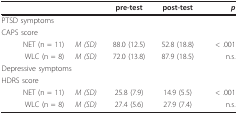
<table><thead><tr><td></td><td></td><td><b>pre-test</b></td><td><b>post-test</b></td><td><b><i>p</i></b></td></tr></thead><tbody><tr><td>PTSD symptoms</td><td></td><td></td><td></td><td></td></tr><tr><td>CAPS score</td><td></td><td></td><td></td><td></td></tr><tr><td>NET (n = 11)</td><td><i>M (SD)</i></td><td>88.0 (12.5)</td><td>52.8 (18.8)</td><td>&lt; .001</td></tr><tr><td>WLC (n = 8)</td><td><i>M (SD)</i></td><td>72.0 (13.8)</td><td>87.9 (18.5)</td><td>n.s.</td></tr><tr><td colspan="2">Depressive symptoms</td><td></td><td></td><td></td></tr><tr><td>HDRS score</td><td></td><td></td><td></td><td></td></tr><tr><td>NET (n = 11)</td><td><i>M (SD)</i></td><td>25.8 (7.9)</td><td>14.9 (5.5)</td><td>&lt; .001</td></tr><tr><td>WLC (n = 8)</td><td><i>M (SD)</i></td><td>27.4 (5.6)</td><td>27.9 (7.4)</td><td>n.s.</td></tr></tbody></table>